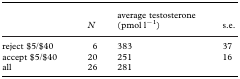
|  | N | average testosterone (pmol l−1) | s.e. |
 | --- | --- | --- | --- |
 | reject $5/$40 | 6 | 383 | 37 |
 | accept $5/$40 | 20 | 251 | 16 |
 | all | 26 | 281 |  |